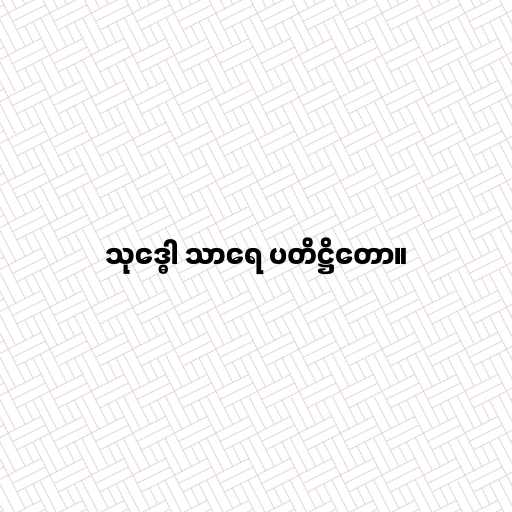
သုဒ္ဓေါ သာရေ ပတိဋ္ဌိတော။